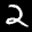
Label: 2